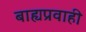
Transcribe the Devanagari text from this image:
बाह्यप्रवाही